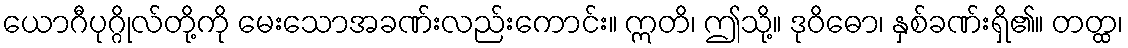
ယောဂီပုဂ္ဂိုလ်တို့ကို မေးသောအခဏ်းလည်းကောင်း။ ဣတိ၊ ဤသို့။ ဒုဝိဓော၊ နှစ်ခဏ်းရှိ၏။ တတ္ထ၊